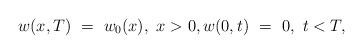
LaTeX: \begin{align*}w(x,T) \ = \ w_0(x), \ x> 0, w(0,t) \ = \ 0, \ t<T,\end{align*}